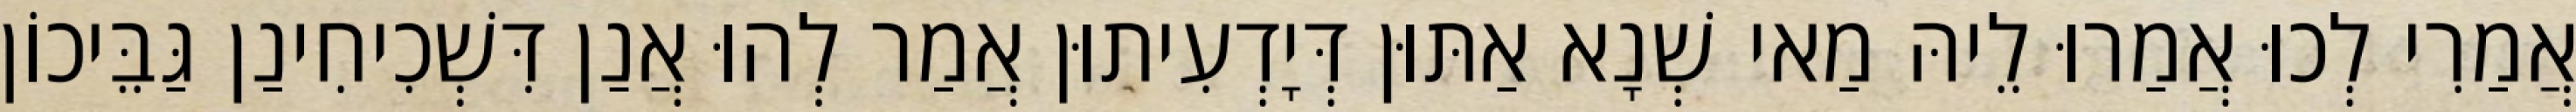
אֲמַרִי לְכוּ אֲמַרוּ לֵיהּ מַאי שְׁנָא אַתּוּן דְּיָדְעִיתוּן אֲמַר לְהוּ אֲנַן דִּשְׁכִיחִינַן גַּבֵּיכוֹן